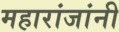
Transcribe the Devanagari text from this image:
महारांजांनी